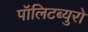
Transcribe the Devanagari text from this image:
पॉलिटब्युरो